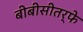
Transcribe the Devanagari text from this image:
बीबीसीतर्फे